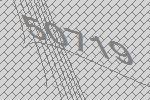
50719